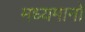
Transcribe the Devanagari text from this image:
मध्यमानों